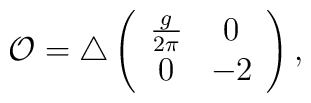
{\cal O}=\triangle \left (\begin{array}{cc}\frac{g}{2\pi} &  0 \\ 0 & -2\end{array} \right ),